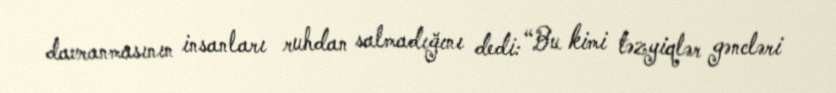
davranmasının insanları ruhdan salmadığını dedi: “Bu kimi təzyiqlər gəncləri